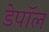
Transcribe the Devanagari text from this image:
डेपॉल